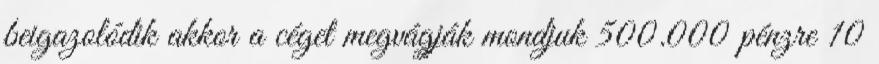
beigazolódik akkor a céget megvágják mondjuk 500.000 pénzre 10